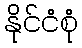
နိုင်ငံစုံ